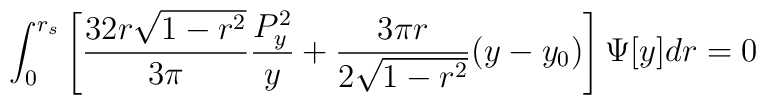
\int_{0}^{r_{s}} \left[ \frac{32 r\sqrt{1-r^{2}}}{3\pi}\frac{P_{y}^{2}}{y}+ \frac{3\pi r}{2\sqrt{1-r^{2}}} (y - y_{0})\right] \Psi[y] dr = 0